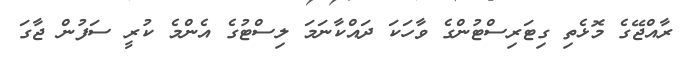
ރާއްޖޭގެ މޮޅެތި ގިޓަރިސްޓުންގެ ވާހަކަ ދައްކާނަމަަ ލިސްޓުގެ އެންމެ ކުރީ ސަފުން ޖާގަ